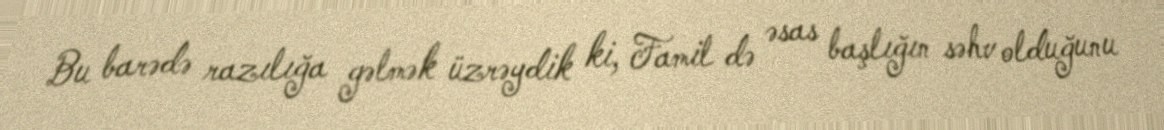
Bu barədə razılığa gəlmək üzrəydik ki, Famil də əsas başlığın səhv olduğunu